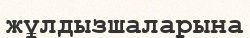
жұлдызшаларына